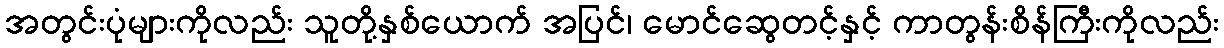
အတွင်းပုံများကိုလည်း သူတို့နှစ်ယောက် အပြင်၊ မောင်ဆွေတင့်နှင့် ကာတွန်းစိန်ကြီးကိုလည်း